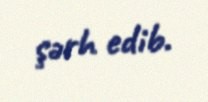
şərh edib.